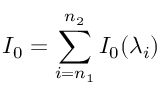
I _ { 0 } = \sum _ { i = n _ { 1 } } ^ { n _ { 2 } } { I _ { 0 } ( \lambda _ { i } ) }